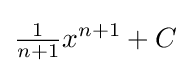
{\tfrac {1}{n+1}}x^{n+1}+C